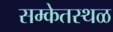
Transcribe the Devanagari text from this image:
सम्केतस्थळ